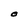
Character: O